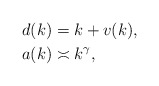
\begin{align*}d(k)&=k+v(k),\\ a(k)&\asymp k^{\gamma},\end{align*}